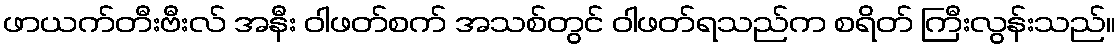
ဖာယက်တီးဗီးလ် အနီး ဝါဖတ်စက် အသစ်တွင် ဝါဖတ်ရသည်က စရိတ် ကြီးလွန်းသည်။